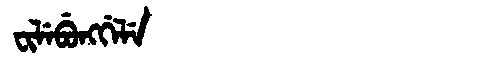
Manchu: ᠸᡳᠯᡝᠪᡠᠩᡤᡝᠯᡝ
Romanization: FILEBUNGGELE